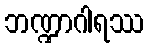
ဘဏ္ဍာဂါရဿ